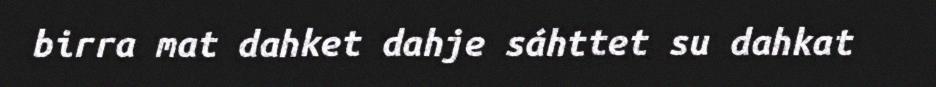
birra mat dahket dahje sáhttet su dahkat